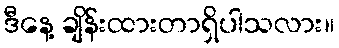
ဒီနေ့ ချိန်းထားတာရှိပါသလား။